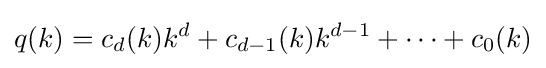
q(k)=c_{d}(k)k^{d}+c_{d-1}(k)k^{d-1}+\cdots +c_{0}(k)